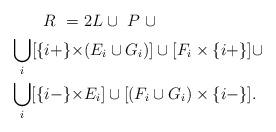
LaTeX: \begin{align*}R \ = \ &2L \cup \ P \ \cup \\\bigcup_i [\{ i+ \} \times &(E_i \cup G_{i})] \cup [F_i \times \{ i+ \}] \cup \\\bigcup_i [\{ i- \} \times &E_i] \cup [(F_i \cup G_i) \times \{ i- \}]. \end{align*}